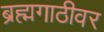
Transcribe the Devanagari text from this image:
ब्रह्मगाठीवर